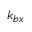
k _ { b x }